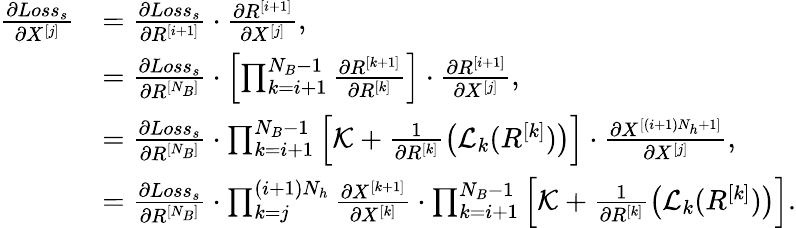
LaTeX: \begin{array}{rl}{\frac{\partial Loss_{s}}{\partial X^{[j]}}}&{=\frac{\partial Loss_{s}}{\partial R^{[i+1]}}\cdot\frac{\partial R^{[i+1]}}{\partial X^{[j]}},}\\ &{=\frac{\partial Loss_{s}}{\partial R^{[N_{B}]}}\cdot\left[\prod_{k=i+1}^{N_{B}-1}\frac{\partial R^{[k+1]}}{\partial R^{[k]}}\right]\cdot\frac{\partial R^{[i+1]}}{\partial X^{[j]}},}\\ &{=\frac{\partial Loss_{s}}{\partial R^{[N_{B}]}}\cdot\prod_{k=i+1}^{N_{B}-1}\left[\mathcal{K}+\frac{1}{\partial R^{[k]}}\left(\mathcal{L}_{k}(R^{[k]})\right)\right]\cdot\frac{\partial X^{[(i+1)N_{h}+1]}}{\partial X^{[j]}},}\\ &{=\frac{\partial Loss_{s}}{\partial R^{[N_{B}]}}\cdot\prod_{k=j}^{(i+1)N_{h}}\frac{\partial X^{[k+1]}}{\partial X^{[k]}}\cdot\prod_{k=i+1}^{N_{B}-1}\left[\mathcal{K}+\frac{1}{\partial R^{[k]}}\left(\mathcal{L}_{k}(R^{[k]})\right)\right].}\end{array}